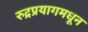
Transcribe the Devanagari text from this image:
रुद्रप्रयागमधून